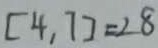
[ 4 , 7 ] = 2 8